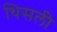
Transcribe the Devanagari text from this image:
थिसली